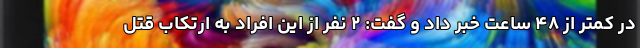
در کمتر از ۴۸ ساعت خبر داد و گفت: ۲ نفر از این افراد به ارتکاب قتل